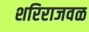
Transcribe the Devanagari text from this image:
शरिराजवळ